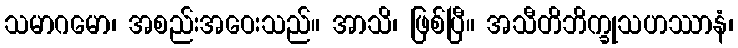
သမာဂမော၊ အစည်းအဝေးသည်။ အာသိ၊ ဖြစ်ပြီ။ အသီတိဘိက္ခုသဟဿာနံ၊